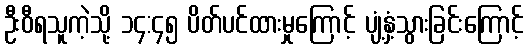
ဦးဝီရသူကဲ့သို့ ၁၄:၄၅ ပိတ်ပင်ထားမှုကြောင့် ပျံ့နှံ့သွားခြင်းကြောင့်